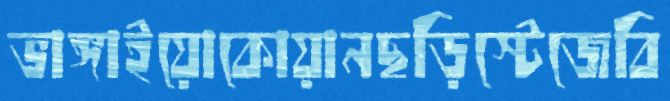
ভাঙ্গাইয়োকোয়ানছড়িস্টেজেবি